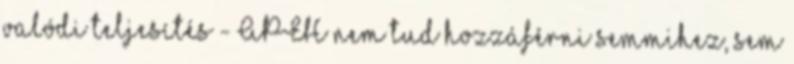
valódi teljesítés - APEH nem tud hozzáférni semmihez, sem